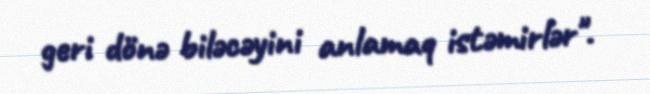
geri dönə biləcəyini anlamaq istəmirlər".